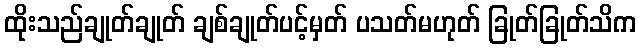
ထိုးသည်ချုတ်ချုတ် ချစ်ချုတ်ပင့်မှတ် ပသတ်မဟုတ် ခြုတ်ခြုတ်သိက